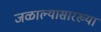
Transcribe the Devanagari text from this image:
जळाल्यासारख्या